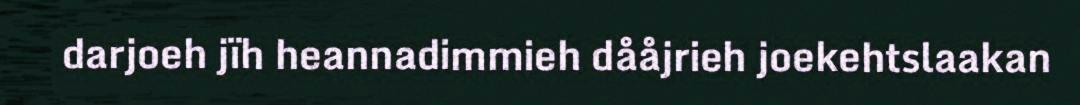
darjoeh jïh heannadimmieh dååjrieh joekehtslaakan